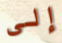
إلى